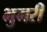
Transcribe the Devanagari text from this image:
भुमरी